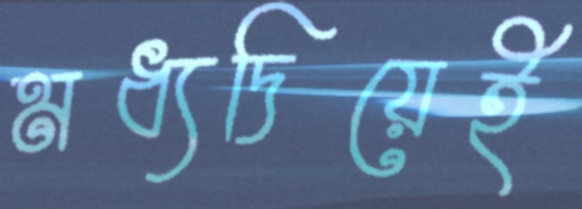
মধ্যদিয়েই